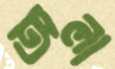
অলা